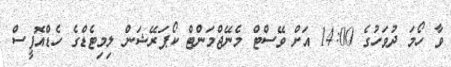
ވާ ހޯމަ ދުވަހުގެ 14:00 އަށް ވޭސްޓް މެނޭޖްމަންޓް ކޯޕަރޭޝަން ލިމިޓެޑްގެ ހެޑްއޮފީސް